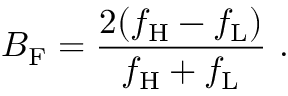
B _ { \mathrm { F } } = { \frac { 2 ( f _ { \mathrm { H } } - f _ { \mathrm { L } } ) } { f _ { \mathrm { H } } + f _ { \mathrm { L } } } } \ .